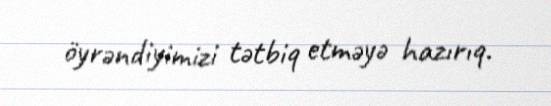
öyrəndiyimizi tətbiq etməyə hazırıq.